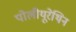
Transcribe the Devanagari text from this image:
पोलीयूरेथिन